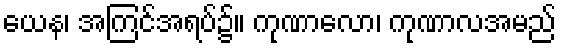
ယေန၊ အကြင်အရပ်၌။ ကုဏာလော၊ ကုဏာလအမည်